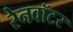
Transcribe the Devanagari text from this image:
रेनवॉटर